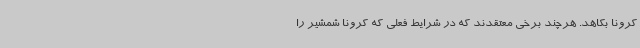
کرونا بکاهد. هرچند برخی معتقدند که در شرایط فعلی که کرونا شمشیر را